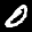
Label: 0